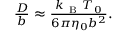
\begin{array} { r } { \frac { D } { b } \approx \frac { k _ { \mathrm { ~ B ~ } } T _ { 0 } } { 6 \pi \eta _ { 0 } b ^ { 2 } } . } \end{array}